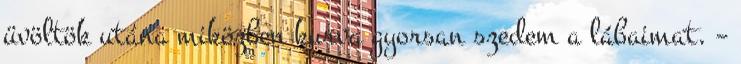
üvöltök utána miközben kurva gyorsan szedem a lábaimat. –